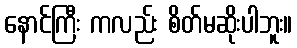
နောင်ကြီး ကလည်း စိတ်မဆိုးပါဘူး။